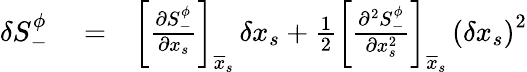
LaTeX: \begin{array}{rlr}{\delta S_{-}^{\phi}}&{{}=}&{\left[\frac{\partial S_{-}^{\phi}}{\partial x_{s}}\right]_{\overline{{x}}_{s\, }}\delta x_{s}+\frac{1}{2}\left[\frac{\partial^{2}S_{-}^{\phi}}{\partial x_{s}^{2}}\right]_{\overline{{x}}_{s\, }}\left(\delta x_{s}\right)^{2}}\end{array}